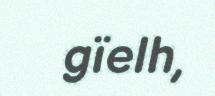
gïelh,